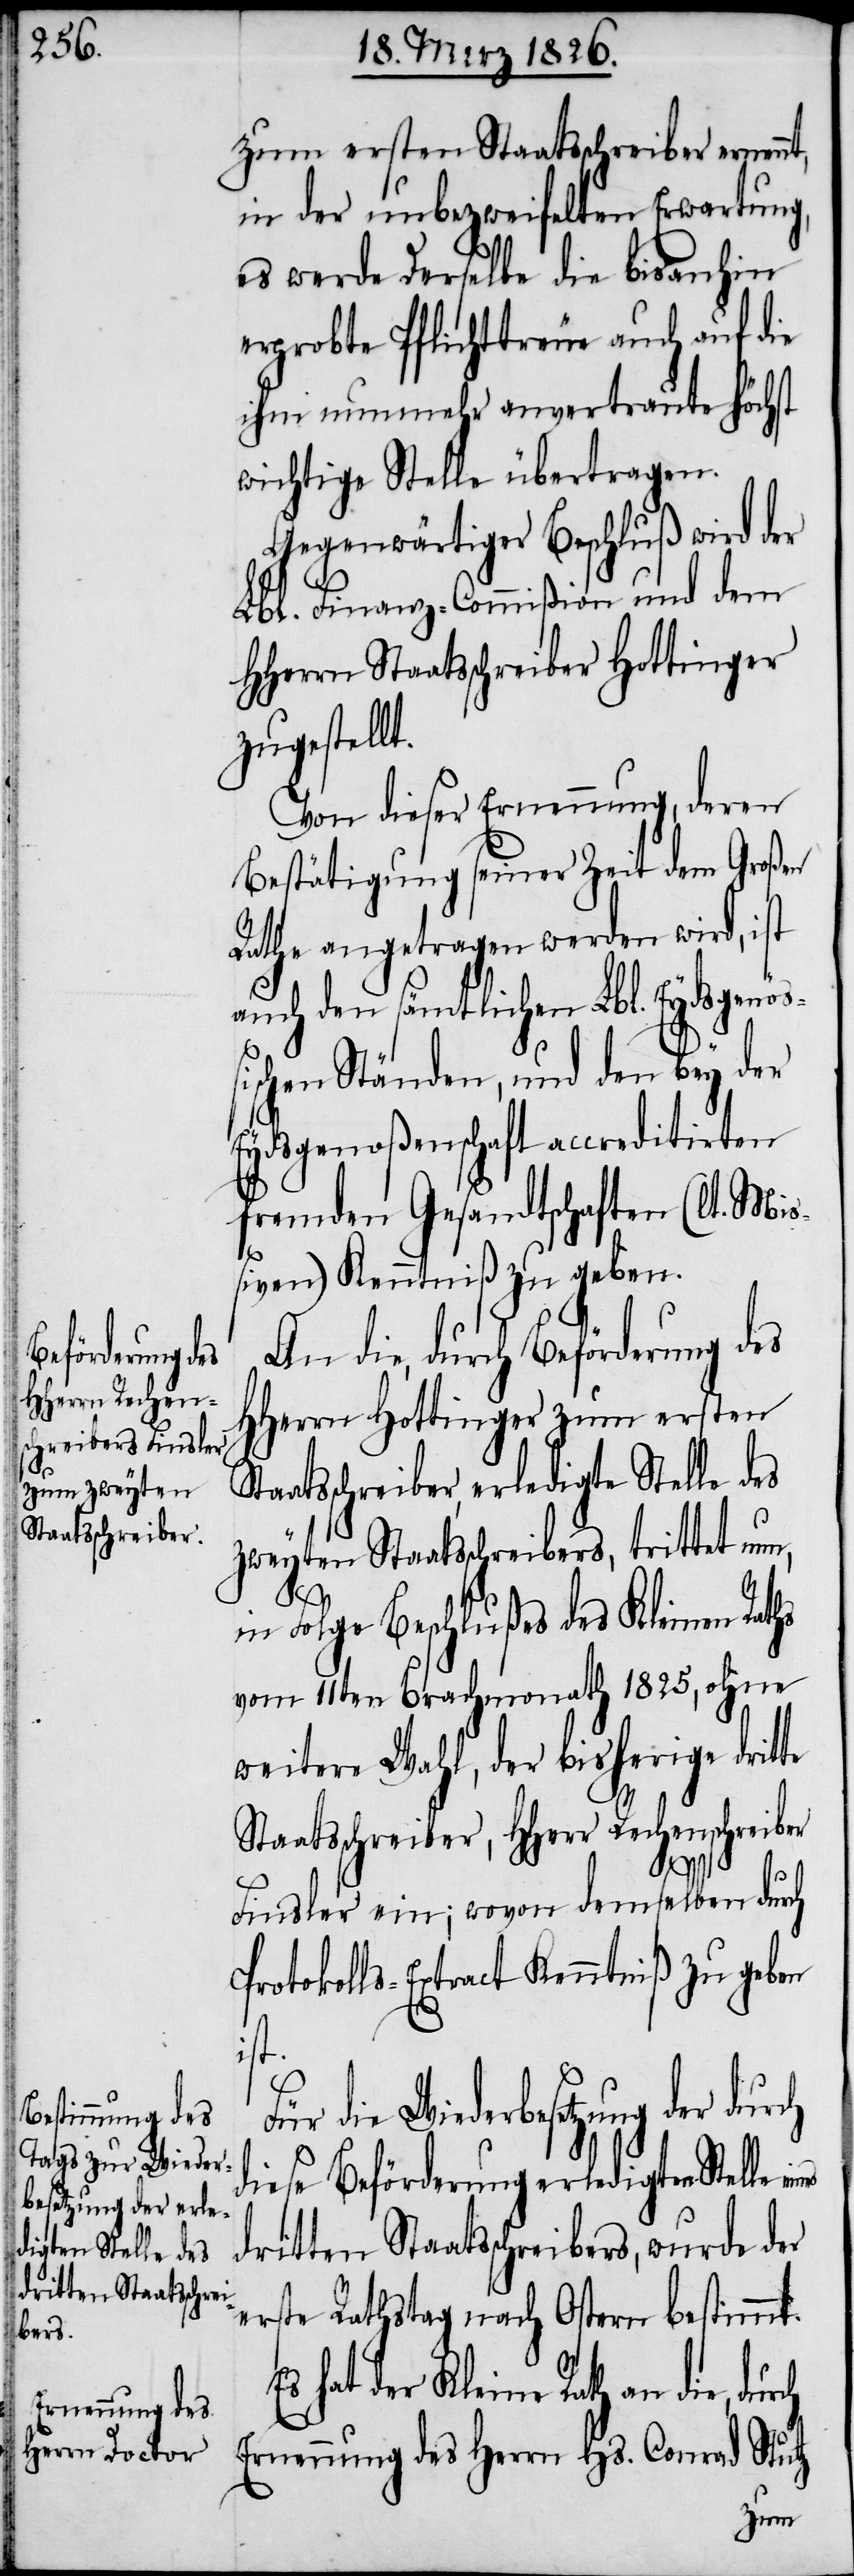
zum ersten Staatsschreiber ernen¬
in der unbezweifelten Erwartung,
es werde Derselbe die bis anhin
erprobte Pflichttreue auch auf die
ihm nunmehr anvertraute höchst
wichtige Stelle übertragen.
Gegenwärtiger Beschluß wird
Lbl. Finanz-Commißion und dem
HHerrn Staatschreiber Hottinger
zugestellt.
Von dieser Ernennung, deren
Bestätigung seiner Zeit dem Großen
Rathe angetragen werden wird, ist
auch den sämtlichen Lbl. Eydsgenöß¬
ischen Ständen, und den bey der
Eydsgenoßenschaft accreditirten
fremden Gesandtschaften (lt. Miß¬
iven) Kenntniß zu geben.
An die, durch Beförderung des
HHerrn Hottinger zum ersten
Staatsschreiber, erledigte Stelle des
zweyten Staatsschreibers, trittet nun,
in Folge Beschlußes des Kleinen Rat¬
vom 11ten Brachmonath 1825, ohne
weitere Wahl, der bisherige dritte
Staatsschreiber, HHerr Rechenschreiber
hs
Finsler ein; wovon demselben durch
Protokolls-Extract Kenntniß zu geben
ist.
die Wiederbesetzung der durch
diese Beförderung erledigten Stelle
dritten Staatsschreibers, wurde der
erste Rathstag nach Ostern bestimmt.
hat der Kleine Rath an die,
Ernennung des Herrn Hs. Conrad Stutz